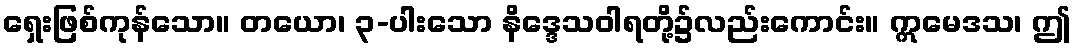
ရှေးဖြစ်ကုန်သော။ တယော၊ ၃-ပါးသော နိဒ္ဒေသဝါရတို့၌လည်းကောင်း။ ဣမေဒသ၊ ဤ